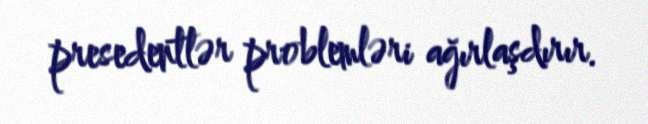
presedentlər problemləri ağırlaşdırır.